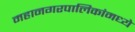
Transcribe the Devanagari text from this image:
महानगरपालिकांमध्ये